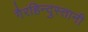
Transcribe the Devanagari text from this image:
गैरहिन्दुस्तानी